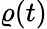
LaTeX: \varrho(t)